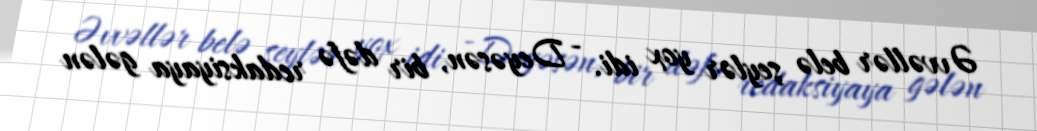
Əvvəllər belə şeylər yox idi. - Deyəsən, bir dəfə redaksiyaya gələn